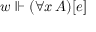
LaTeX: w \Vdash ( \forall x \, A ) [ e ]